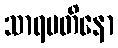
သာရမတိနော